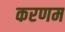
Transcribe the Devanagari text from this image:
करणम